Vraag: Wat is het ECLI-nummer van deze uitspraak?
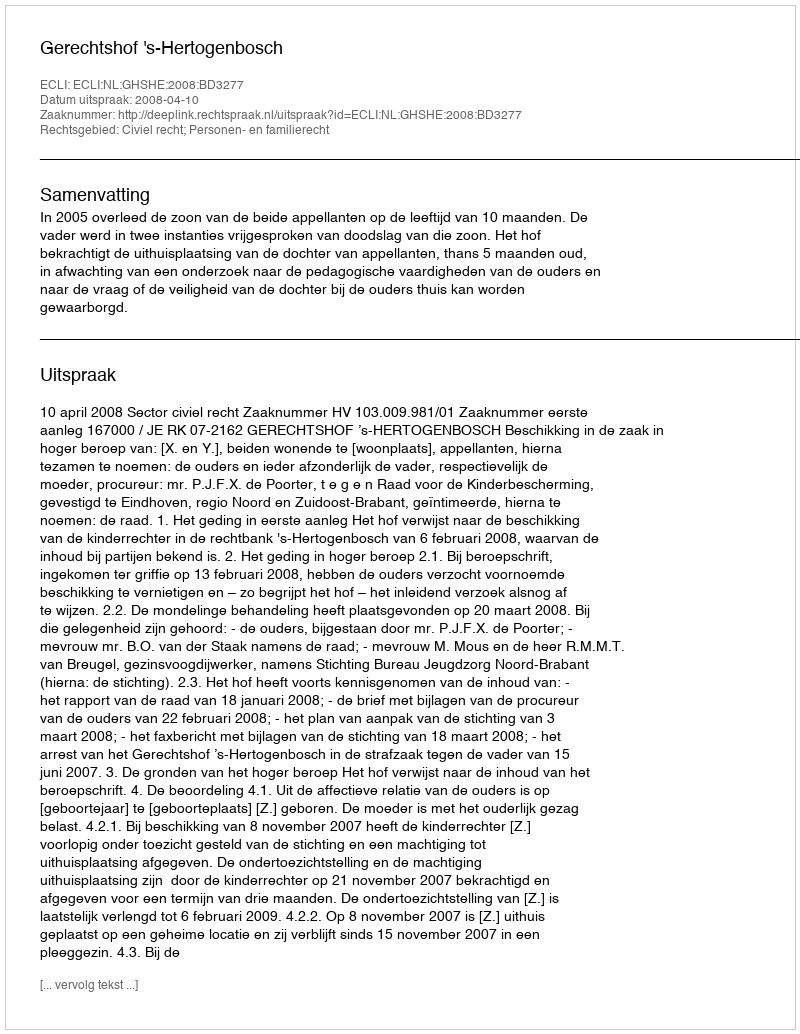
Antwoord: ECLI:NL:GHSHE:2008:BD3277